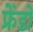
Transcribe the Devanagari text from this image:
फ्रेंडो